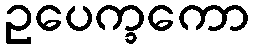
ဥပေက္ခကော